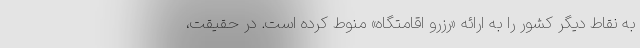
به نقاط دیگر کشور را به ارائه «رزرو اقامتگاه» منوط کرده است. در حقیقت،